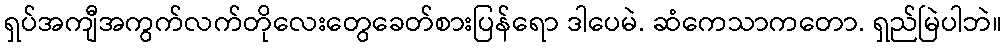
ရှပ်အကျီအကွက်လက်တိုလေးတွေခေတ်စားပြန်ရော ဒါပေမဲ. ဆံကေသာကတော. ရှည်မြဲပါဘဲ။